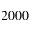
2 0 0 0